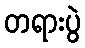
တရားပွဲ